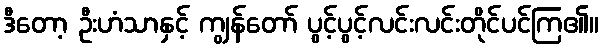
ဒီတော့ ဦးဟံသာနှင့် ကျွန်တော် ပွင့်ပွင့်လင်းလင်းတိုင်ပင်ကြ၏။